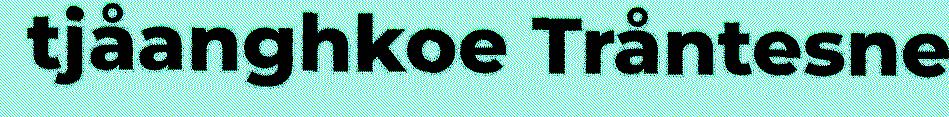
tjåanghkoe Tråntesne